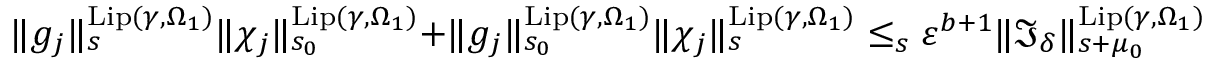
\begin{array} { r } { \rVert g _ { j } \rVert _ { s } ^ { \mathrm { L i p } ( \gamma , \Omega _ { 1 } ) } \rVert \chi _ { j } \rVert _ { s _ { 0 } } ^ { \mathrm { L i p } ( \gamma , \Omega _ { 1 } ) } + \rVert g _ { j } \rVert _ { s _ { 0 } } ^ { \mathrm { L i p } ( \gamma , \Omega _ { 1 } ) } \rVert \chi _ { j } \rVert _ { s } ^ { \mathrm { L i p } ( \gamma , \Omega _ { 1 } ) } \le _ { s } \varepsilon ^ { b + 1 } \rVert \mathfrak { I } _ { \delta } \rVert _ { s + \mu _ { 0 } } ^ { \mathrm { L i p } ( \gamma , \Omega _ { 1 } ) } } \end{array}